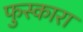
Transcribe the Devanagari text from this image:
फुस्कारा